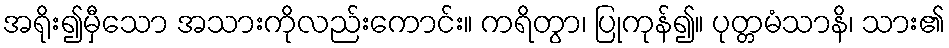
အရိုး၍မှီသော အသားကိုလည်းကောင်း။ ကရိတွာ၊ ပြုကုန်၍။ ပုတ္တမံသာနိ၊ သား၏